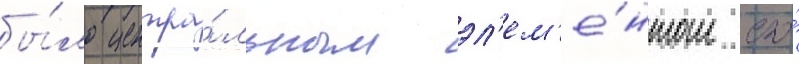
бы́ло центра́льным эл'ем'е́нтом его́